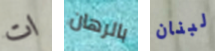
ات بالرهان لبنان